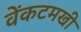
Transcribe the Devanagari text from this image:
वेंकटमखी